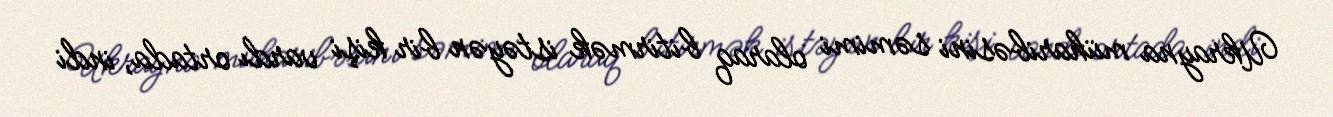
Ukrayna müharibəsini səmimi olaraq bitirmək istəyən bir kişi vardı ortada, indi